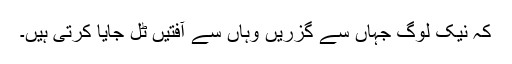
کہ نیک لوگ جہاں سے گزریں وہاں سے آفتیں ٹل جایا کرتی ہیں۔